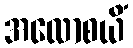
အလောစယိံ